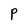
Character: P